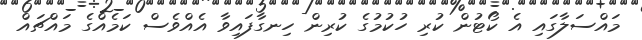
މައްސަލާގައި އެ ކޯޓުން ކުރި ހުކުމުގެ ކުރިން ހިނގާފައިވާ އެއްވެސް ކަމެއްގެ މައްޗައް